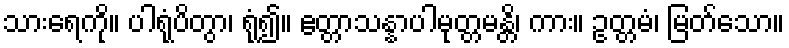
သားရေကို။ ပါရုံပိတွာ၊ ရုံ၍။ ဧတ္တာသန္နာပါမုတ္တမန္တိ၊ ကား။ ဥတ္တမံ၊ မြတ်သော။